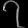
Digit: ၇